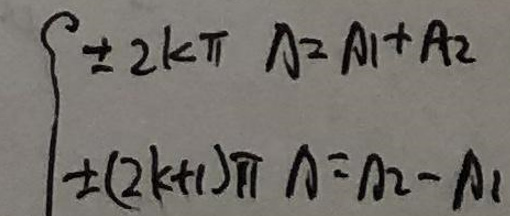
\begin{cases}
\pm 2k\pi \quad \Delta = A_1 + A_2\\
\pm(2k + 1)\pi \quad \Delta = A_2 - A_1
\end{cases}